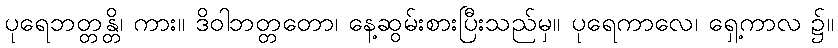
ပုရေဘတ္တန္တိ၊ ကား။ ဒိဝါဘတ္တတော၊ နေ့ဆွမ်းစားပြီးသည်မှ။ ပုရေကာလေ၊ ရှေ့ကာလ ၌။